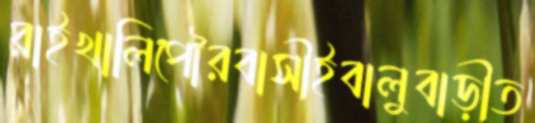
রাইখালিপৌরবাসীইবালুবাড়ীত